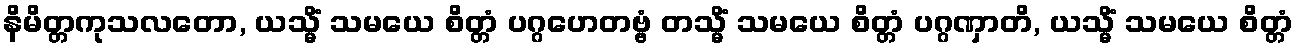
နိမိတ္တကုသလတော, ယသ္မိံ သမယေ စိတ္တံ ပဂ္ဂဟေတဗ္ဗံ တသ္မိံ သမယေ စိတ္တံ ပဂ္ဂဏှာတိ, ယသ္မိံ သမယေ စိတ္တံ